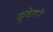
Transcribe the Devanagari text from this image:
कुबेरानें